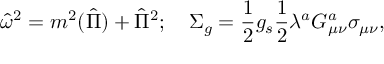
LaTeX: { \hat { \omega } } ^ { 2 } = m ^ { 2 } ( { \hat { \Pi } } ) + { \hat { \Pi } } ^ { 2 } ; \quad \Sigma _ { g } = { \frac { 1 } { 2 } } g _ { s } { \frac { 1 } { 2 } } \lambda ^ { a } G _ { \mu \nu } ^ { a } \sigma _ { \mu \nu } ,